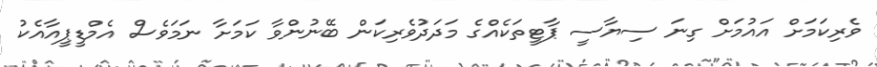
ވެރިކަމަށް އައުމަށް ގިނަ ސިޔާސީ ޕާޓީތަކެއްގެ މަދަދުވެރިކަން ބޭނުންވާ ކަމަށާ ނަމަވެސް އެމްޑީޕީއާއެކު